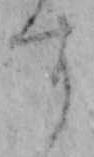
す